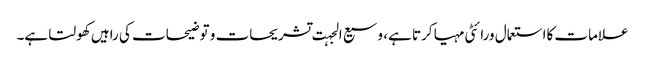
علامات کااستعمال ورائٹی مہیا کرتا ہے، وسیع الجہت تشریحات و توضیحات کی راہیں کھولتا ہے۔